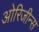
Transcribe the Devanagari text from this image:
ओरिजीन्स